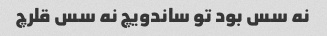
نه سس بود تو ساندویچ نه سس قلرچ